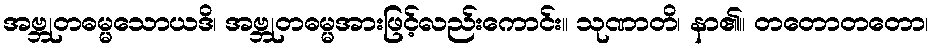
အဗ္ဘုတဓမ္မသောယဒိ၊ အဗ္ဘုတဓမ္မအားဖြင့်လည်းကောင်း။ သုဏာတိ၊ နာ၏။ တတောတတော၊